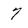
Character: 7